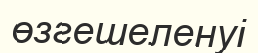
өзгешеленуі